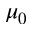
\mu _ { 0 }